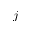
j